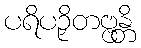
ပရိပဉှိတဗ္ဗန္တိ